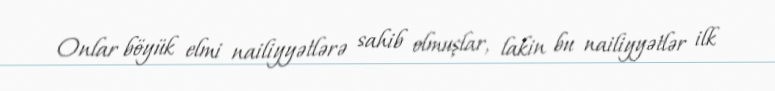
Onlar böyük elmi nailiyyətlərə sahib olmuşlar, lakin bu nailiyyətlər ilk